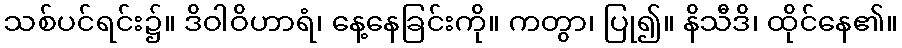
သစ်ပင်ရင်း၌။ ဒိဝါဝိဟာရံ၊ နေ့နေခြင်းကို။ ကတွာ၊ ပြု၍။ နိသီဒိ၊ ထိုင်နေ၏။